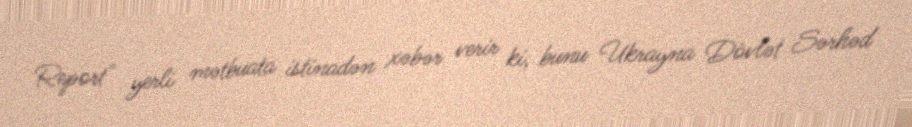
Report" yerli mətbuata istinadən xəbər verir ki, bunu Ukrayna Dövlət Sərhəd